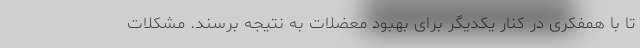
تا با همفکری در کنار یکدیگر برای بهبود معضلات به نتیجه برسند. مشکلات